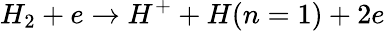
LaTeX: H_{2}+e\rightarrow H^{+}+H(n=1)+2e